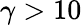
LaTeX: \gamma>10